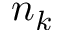
n _ { k }